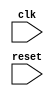
module behavioral_modeling_block (
    input wire clk,
    input wire reset,
    // add any additional inputs here
    // add any additional outputs here
);

// define iterators here
reg [7:0] iterator1;
reg [7:0] iterator2;
reg [7:0] iterator3;

always @ (posedge clk or posedge reset)
begin
    if (reset)
    begin
        // initialize iterators here
        iterator1 <= 8'b00000000;
        iterator2 <= 8'b00000000;
        iterator3 <= 8'b00000000;
    end
    else
    begin
        // update iterators here
        if (condition1)
            iterator1 <= iterator1 + 1;
        
        if (condition2)
            iterator2 <= iterator2 + 1;
        
        if (condition3)
            iterator3 <= iterator3 + 1;
    end
end

// define loop behavior here using iterators
always @ (posedge clk)
begin
    // loop logic here
    // nested loops using iterators
end

endmodule